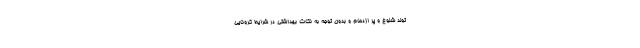
تولد شلوغ و پر ازدحام و بدون توجه به نکات بهداشتی در شرایط کرونایی